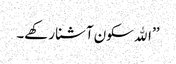
’’اﷲ سکون آشنا رکھے۔